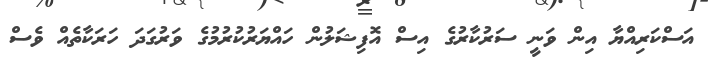
އަސްކަރިއްޔާ އިން ވަނީ ސަރުކާރުގެ އިސް އޮފިޝަލުން ހައްޔަރުކުރުމުގެ ވަރުގަދަ ހަރަކާތެއް ވެސް